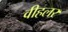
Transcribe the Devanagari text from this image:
वीहलर